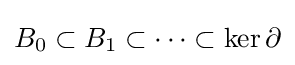
B_{0}\subset B_{1}\subset \dots \subset \ker \partial